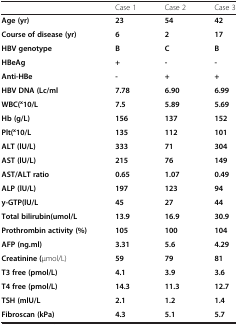
<table><thead><tr><td><b> </b></td><td><b>Case 1</b></td><td><b>Case 2</b></td><td><b>Case 3</b></td></tr></thead><tbody><tr><td><b>Age (yr)</b></td><td><b>23</b></td><td><b>54</b></td><td><b>42</b></td></tr><tr><td><b>Course of disease (yr)</b></td><td><b>6</b></td><td><b>2</b></td><td><b>17</b></td></tr><tr><td><b>HBV genotype</b></td><td><b>B</b></td><td><b>C</b></td><td><b>B</b></td></tr><tr><td><b>HBeAg</b></td><td><b>+</b></td><td><b>-</b></td><td><b>-</b></td></tr><tr><td><b>Anti-HBe</b></td><td><b>-</b></td><td><b>+</b></td><td><b>+</b></td></tr><tr><td><b>HBV DNA (Lc/ml</b></td><td><b>7.78</b></td><td><b>6.90</b></td><td><b>6.99</b></td></tr><tr><td><b>WBC<sup>x</sup>10/L</b></td><td><b>7.5</b></td><td><b>5.89</b></td><td><b>5.69</b></td></tr><tr><td><b>Hb (g/L)</b></td><td><b>156</b></td><td><b>137</b></td><td><b>152</b></td></tr><tr><td><b>Plt(<sup>x</sup>10/L</b></td><td><b>135</b></td><td><b>112</b></td><td><b>101</b></td></tr><tr><td><b>ALT (lU/L)</b></td><td><b>333</b></td><td><b>71</b></td><td><b>304</b></td></tr><tr><td><b>AST (lU/L)</b></td><td><b>215</b></td><td><b>76</b></td><td><b>149</b></td></tr><tr><td><b>AST/ALT ratio</b></td><td><b>0.65</b></td><td><b>1.07</b></td><td><b>0.49</b></td></tr><tr><td><b>ALP (lU/L)</b></td><td><b>197</b></td><td><b>123</b></td><td><b>94</b></td></tr><tr><td><b>y-GTP(lU/L</b></td><td><b>45</b></td><td><b>27</b></td><td><b>44</b></td></tr><tr><td><b>Total bilirubin(umol/L</b></td><td><b>13.9</b></td><td><b>16.9</b></td><td><b>30.9</b></td></tr><tr><td><b>Prothrombin activity (%)</b></td><td><b>105</b></td><td><b>100</b></td><td><b>104</b></td></tr><tr><td><b>AFP (ng.ml)</b></td><td><b>3.31</b></td><td><b>5.6</b></td><td><b>4.29</b></td></tr><tr><td><b>Creatinine (</b>μmol/L)</td><td><b>59</b></td><td><b>79</b></td><td><b>81</b></td></tr><tr><td><b>T3 free (pmol/L)</b></td><td><b>4.1</b></td><td><b>3.9</b></td><td><b>3.6</b></td></tr><tr><td><b>T4 free (pmol/L)</b></td><td><b>14.3</b></td><td><b>11.3</b></td><td><b>12.7</b></td></tr><tr><td><b>TSH (mlU/L</b></td><td><b>2.1</b></td><td><b>1.2</b></td><td><b>1.4</b></td></tr><tr><td><b>Fibroscan (kPa)</b></td><td><b>4.3</b></td><td><b>5.1</b></td><td><b>5.7</b></td></tr></tbody></table>